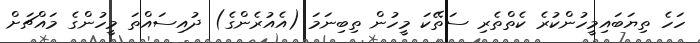
ހަހެ ތިޔަބައިމީހުންކުރެ ކެތްތެރި ސަތޭކަ މީހުން ތިބިނަމަ (އެއުރެންގެ) ދުއިސައްތަ މީހުންގެ މައްޗަށް